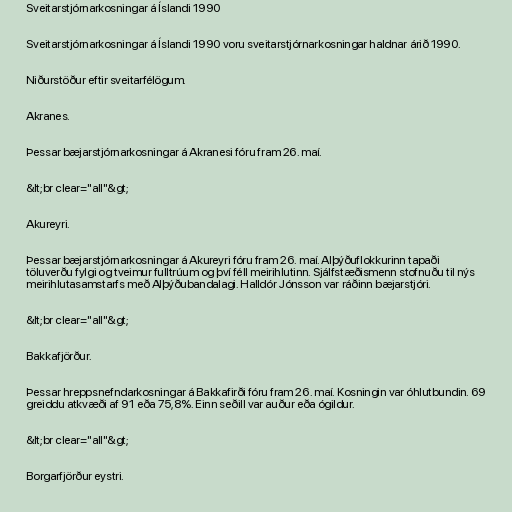
Sveitarstjórnarkosningar á Íslandi 1990

Sveitarstjórnarkosningar á Íslandi 1990 voru sveitarstjórnarkosningar haldnar árið 1990.

Niðurstöður eftir sveitarfélögum.

Akranes.

Þessar bæjarstjórnarkosningar á Akranesi fóru fram 26. maí.

&lt;br clear="all"&gt;

Akureyri.

Þessar bæjarstjórnarkosningar á Akureyri fóru fram 26. maí. Alþýðuflokkurinn tapaði
töluverðu fylgi og tveimur fulltrúum og því féll meirihlutinn. Sjálfstæðismenn stofnuðu til nýs
meirihlutasamstarfs með Alþýðubandalagi. Halldór Jónsson var ráðinn bæjarstjóri.

&lt;br clear="all"&gt;

Bakkafjörður.

Þessar hreppsnefndarkosningar á Bakkafirði fóru fram 26. maí. Kosningin var óhlutbundin. 69
greiddu atkvæði af 91 eða 75,8%. Einn seðill var auður eða ógildur.

&lt;br clear="all"&gt;

Borgarfjörður eystri.